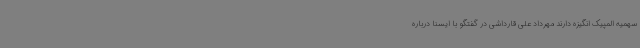
سهمیه المپیک انگیزه دارند مهرداد علی قارداشی در گفتگو با ایسنا درباره